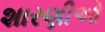
શારણીઓ